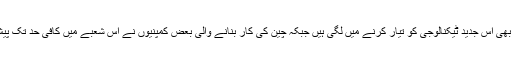
ٹیسلا جیسی کمپنیاں بھی اس جدید ٹیکنالوجی کو تیار کرنے میں لگی ہیں جبکہ چین کی کار بنانے والی بعض کمپنیوں نے اس شعبے میں کافی حد تک پیش رفت بھی کی ہے۔